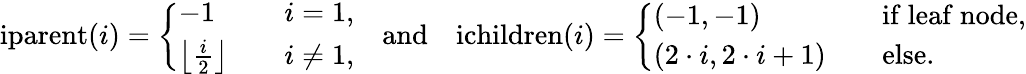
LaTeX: \mathrm{iparent}(i)=\left\{ \begin{array}{ll}{-1\quad}&{i=1,}\\ {\left\lfloor\frac{i}{2}\right\rfloor\quad}&{i\neq 1,}\end{array}\right.\quad\mathrm{and}\quad\mathrm{ichildren}(i)=\left\{ \begin{array}{ll}{(-1,-1)\quad}&{\mathrm{if~leaf~node},}\\ {(2\cdot i,2\cdot i+1)\quad}&{\mathrm{else.}}\end{array}\right.